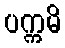
ပက္ကမိ